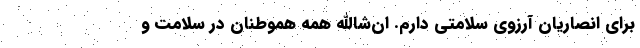
برای انصاریان آرزوی سلامتی دارم. ان‌شاالله همه هموطنان در سلامت و